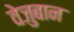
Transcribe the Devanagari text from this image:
वेजुबान